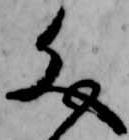
文